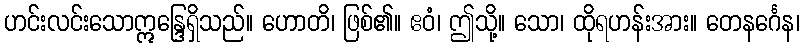
ဟင်းလင်းသောဣန္ဒြေရှိသည်။ ဟောတိ၊ ဖြစ်၏။ ဧဝံ၊ ဤသို့။ သော၊ ထိုရဟန်းအား။ တေနင်္ဂေန၊